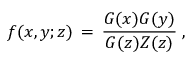
f ( x , y ; z ) \, = \, \frac { G ( x ) G ( y ) } { G ( z ) Z ( z ) } \; ,